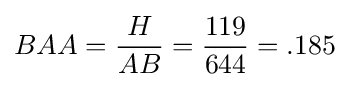
BAA={\frac {H}{AB}}={\frac {119}{644}}=.185